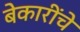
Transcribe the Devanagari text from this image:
बेकारींचे